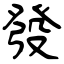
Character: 發